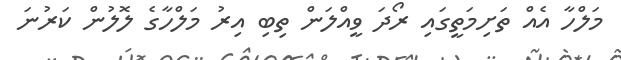
މަލްހާ އެއް ތަށިމަތީގައި ރޯދަ ވީއްލަން ތިބި އިރު މަލްހާގެ ލޮލުން ކަރުނަ